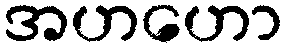
အဟဟော